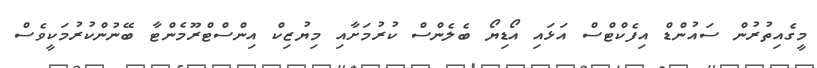
މީގެއިތުރުން ސައުންޑް އިފެކްޓްސް އަޅައި އޯޑިޔޯ ބެލެންސް ކުރުމަށާއި މިޔުޒިކް އިންސްޓްރޫމެންޓާ ބޭނުންކުރުމަކީވެސް